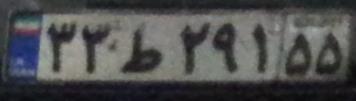
۳۳ط۲۹۱۵۵